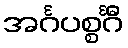
အင်္ဂပစ္စင်္ဂီ